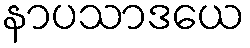
နာပသာဒယေ